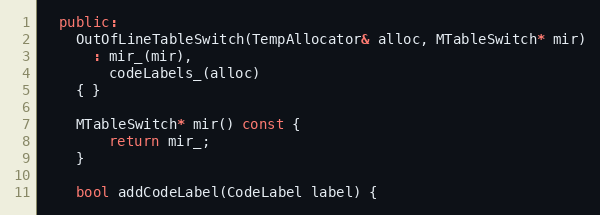
Language: C++
  public:
    OutOfLineTableSwitch(TempAllocator& alloc, MTableSwitch* mir)
      : mir_(mir),
        codeLabels_(alloc)
    { }

    MTableSwitch* mir() const {
        return mir_;
    }

    bool addCodeLabel(CodeLabel label) {